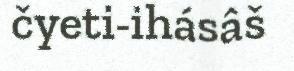
čyeti-ihásâš